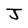
Character: J